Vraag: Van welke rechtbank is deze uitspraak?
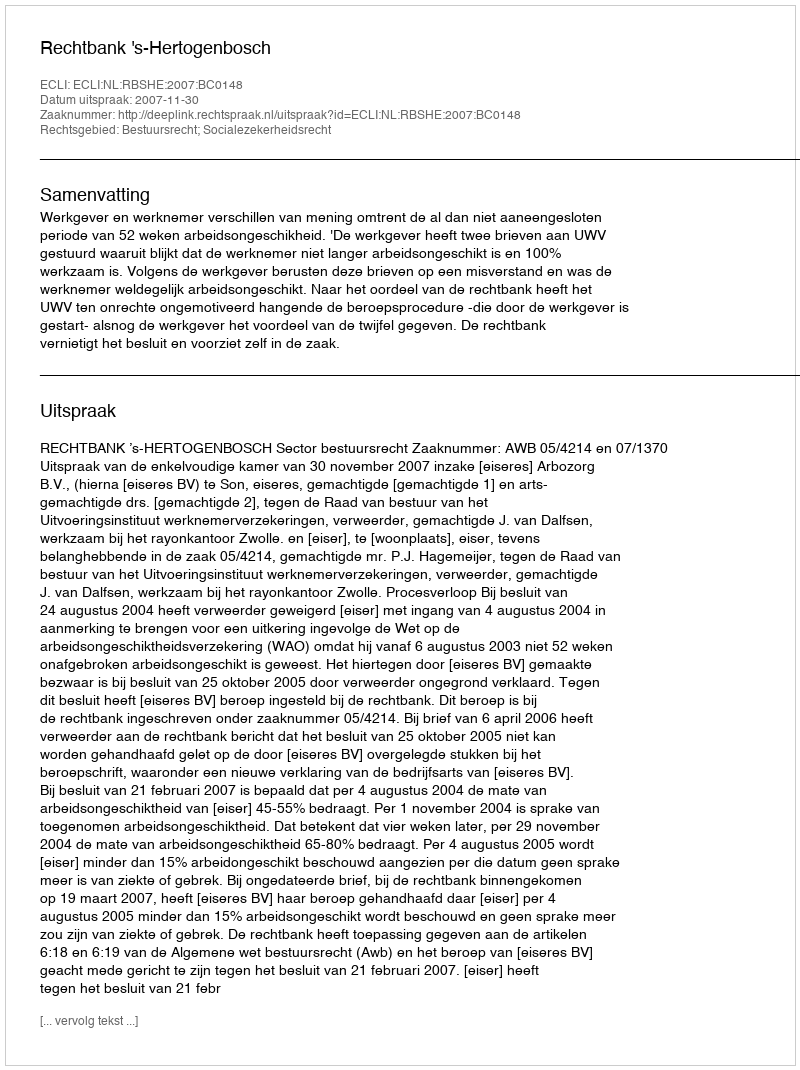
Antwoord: Rechtbank 's-Hertogenbosch